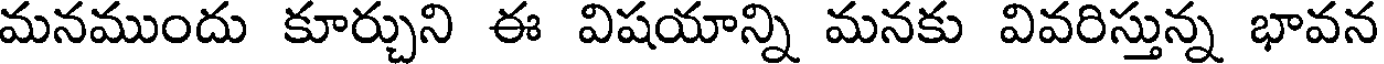
మనముందు కూర్చుని ఈ విషయాన్ని మనకు వివరిస్తున్న భావన